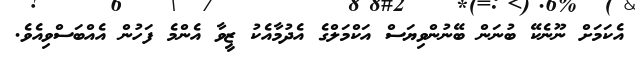
އެކަމަށް ނޫނެކޭ ބުނަން ބޭނުންވިޔަސް އަކްމަލްގެ އެދުމާއެކު ޒީވާ އެންމެ ފަހުން އެއްބަސްވިއެވެ.